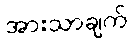
အားသာချက်